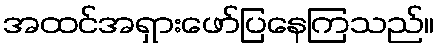
အထင်အရှားဖော်ပြနေကြသည်။